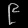
Digit: ၉